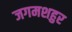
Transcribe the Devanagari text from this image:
जगमशहुर